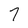
Character: 7